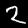
Digit: 2